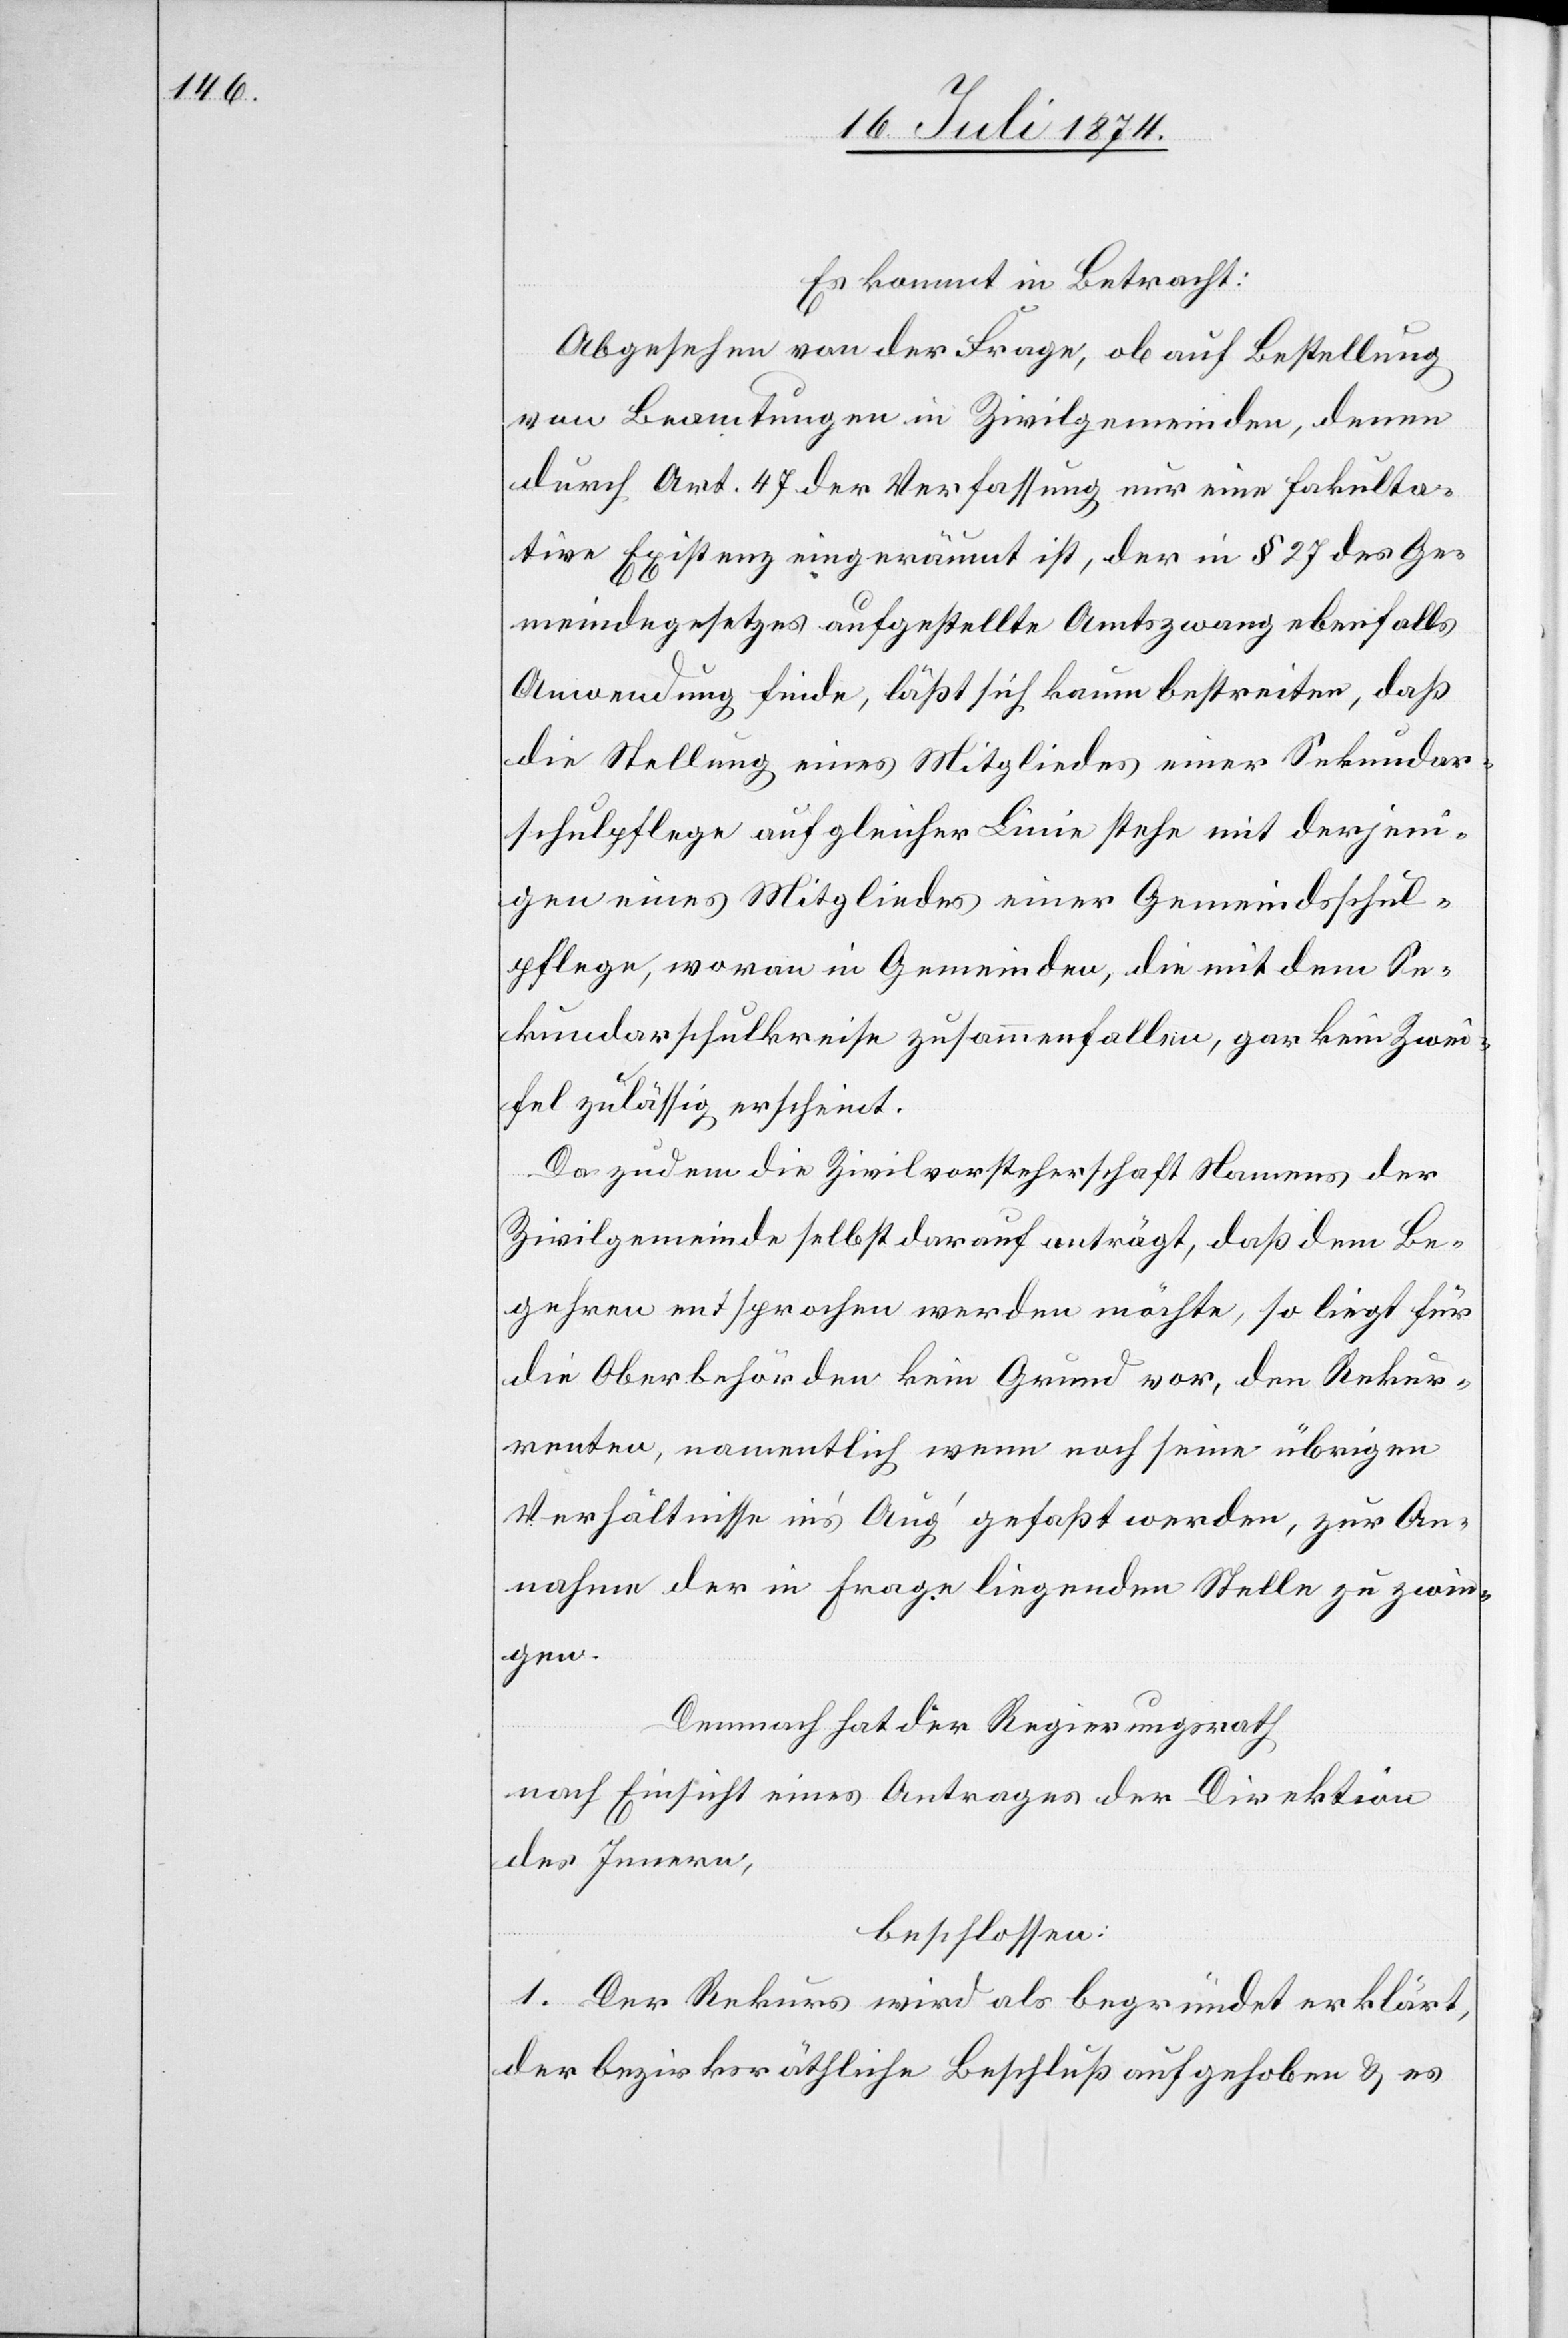
Es kommt in Betracht:
Abgesehen von der Frage, ob auf Bestellung
von Beamtungen in Zivilgemeinden, denen
durch Art. 47 der Verfassung nur eine fakulta¬
tive Existenz eingeräumt ist, der in § 27 des Ge¬
meindegesetzes aufgestellte Amtszwang ebenfalls
Anwendung finde, läßt sich kaum bestreiten, daß
die Stellung eines Mitgliedes einer Sekundar¬
schulpflege auf gleicher Linie stehe mit derjeni¬
gen eines Mitgliedes einer Gemeindsschul¬
pflege, woran in Gemeinden, die mit dem Se¬
kundarschulkreise zusammenfallen, gar kein Zwei¬
fel zulässig erscheint.
Da zudem die Zivilvorsteherschaft Namens der
Zivilgemeinde selbst darauf anträgt, daß dem Be¬
gehren entsprochen werden möchte, so liegt für
die Oberbehörden kein Grund vor, den Rekur¬
renten, namentlich wenn noch seine übrigen
Verhältnisse in’s Aug‘ gefaßt werden, zur An¬
nahme der in Frage liegenden Stelle zu zwin¬
gen.
Demnach hat der Regierungsrath,
nach Einsicht eines Antrages der Direktion
des Innern,
beschlossen:
1. Der Rekurs wird als begründet erklärt,
der bezirksräthliche Beschluß aufgehoben u. es